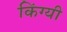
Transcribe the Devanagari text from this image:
किंग्यी